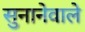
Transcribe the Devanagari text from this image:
सुनानेवाले